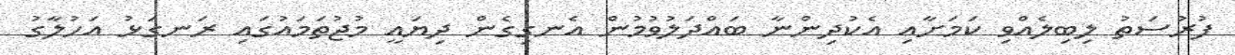
ފުރުސަތު ލިބިލެއްވި ކަމަށާއި އެކުދިންނާ ބައްދަލުވުމުން އެނގިގެން ދިޔައީ މުޖުތަމައުގައި ރަނގަޅު އަހުލާގު